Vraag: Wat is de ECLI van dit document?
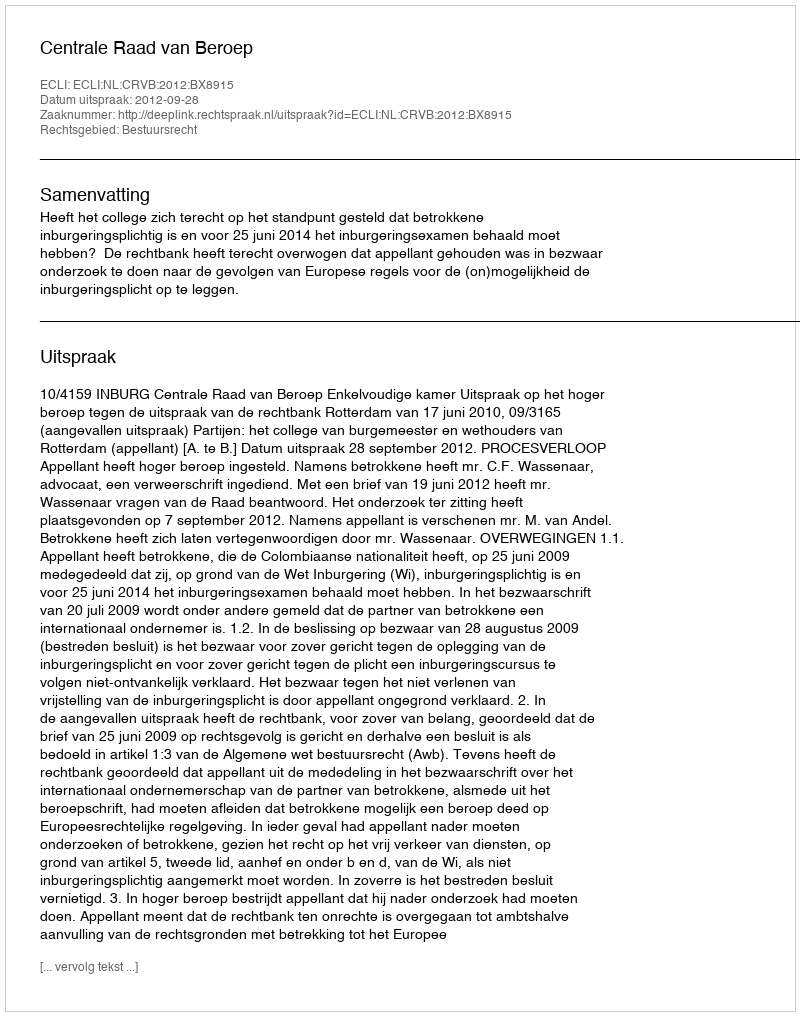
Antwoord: ECLI:NL:CRVB:2012:BX8915